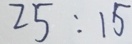
2 5 : 1 5